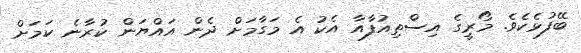
ބޭފުޅެކެވެ. މޯރީގެ އިސްތިއުފާއާ އެކު އެ މަގާމަށް ދެން އައްޔަން ކުރާނެ ކަމަށް